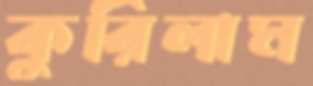
কুরিলাম